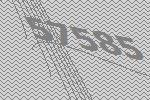
57585